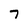
Character: 7